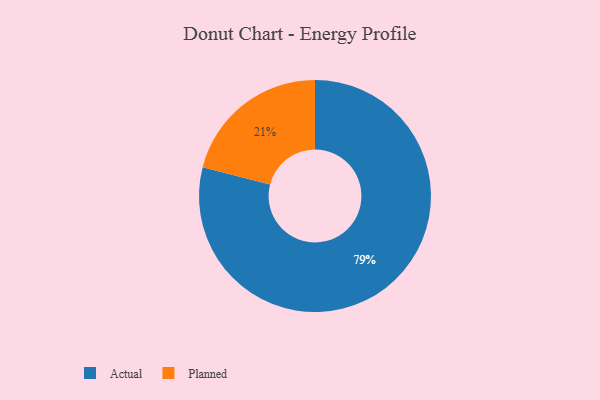
{"axis": {"x": "Category", "y": "Percentage"}, "legend": ["Actual", "Planned"], "data": [{"x": "Actual", "y": 79, "type": "Actual"}, {"x": "Planned", "y": 21, "type": "Planned"}]}